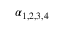
\alpha _ { 1 , 2 , 3 , 4 }